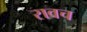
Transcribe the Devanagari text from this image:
रावच